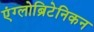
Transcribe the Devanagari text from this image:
एंग्लोब्रिटेनिकन